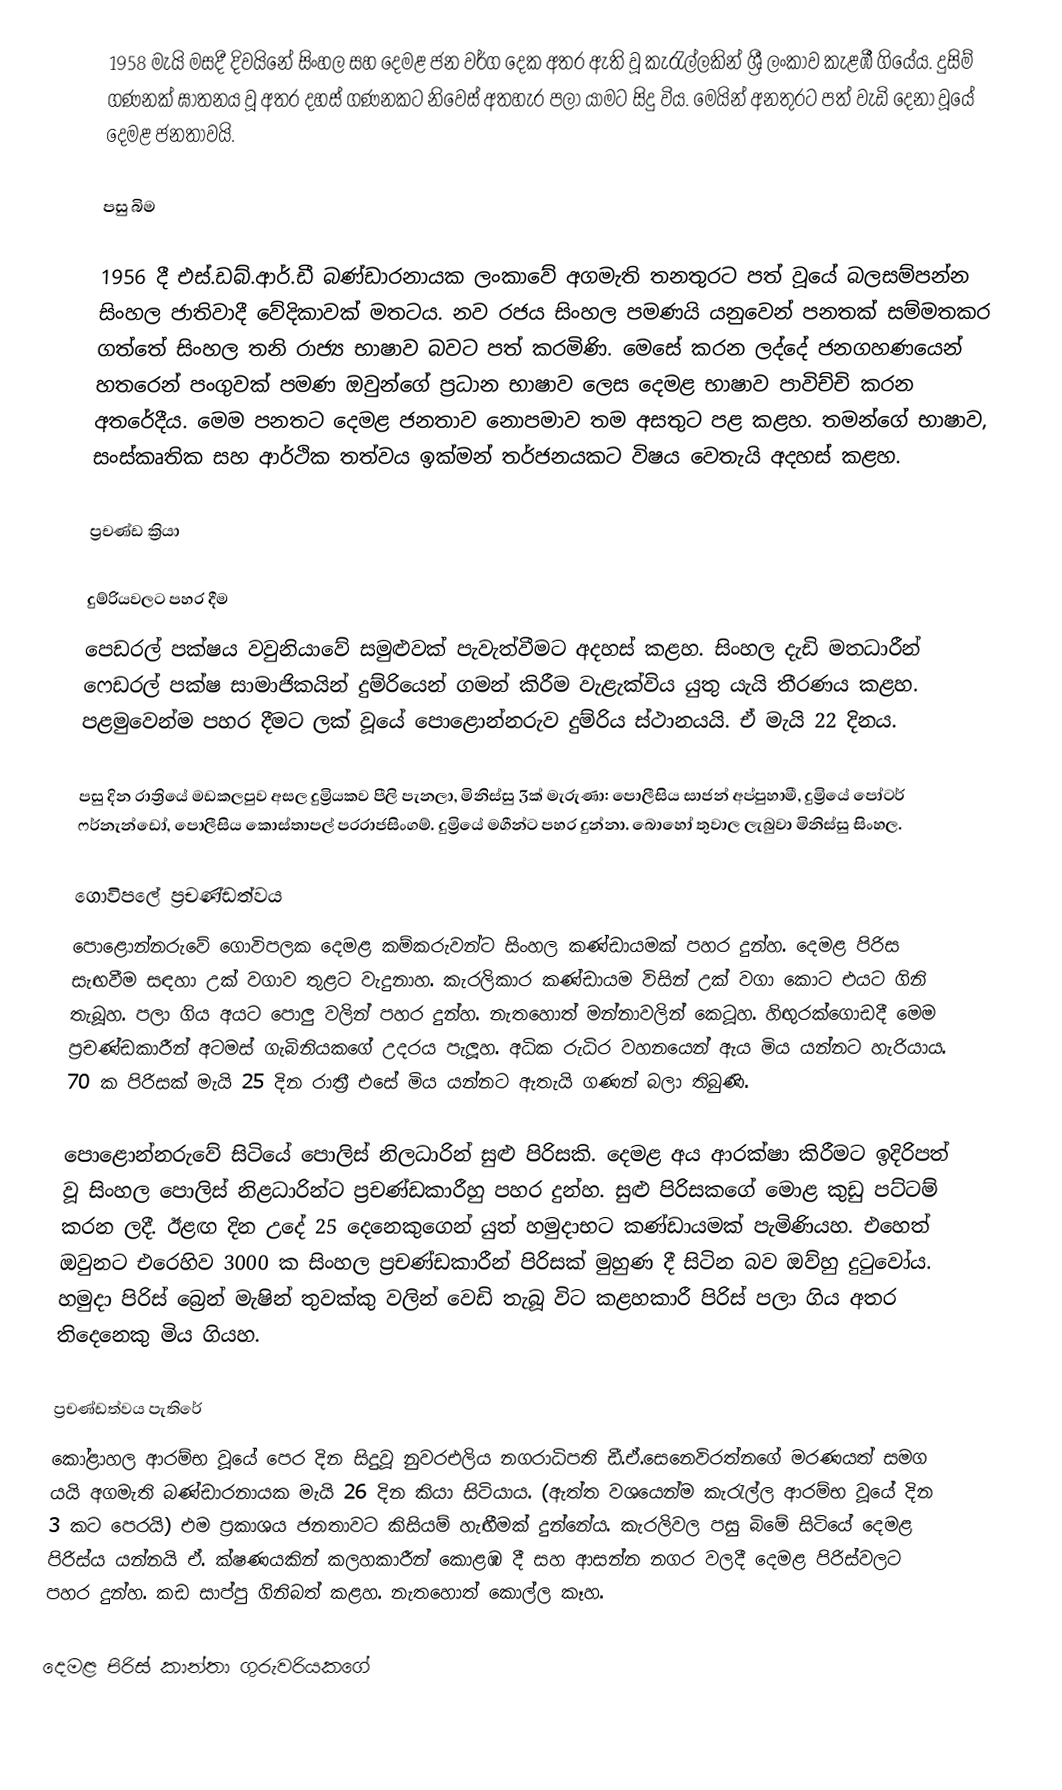
1958 මැයි මසදී දිවයිනේ සිංහල සහ දෙමළ ජන වර්ග දෙක අතර ඇති වූ කැරැල්ලකින් ශ්‍රී ලංකාව කැළඹී ගියේය. දුසිම් ගණනක් ඝාතනය වූ අතර දහස් ගණනකට නිවෙස් අතහැර පලා යාමට සිදු විය. මෙයින් අනතුරට පත් වැඩි දෙනා වූයේ දෙමළ ජනතාවයි.

පසු බිම

1956 දී එස්.ඩබ්.ආර්.ඩී බණ්ඩාරනායක ලංකාවේ අගමැති තනතුරට පත් වූයේ බලසම්පන්න සිංහල ජාතිවාදී වේදිකාවක් මතටය. නව රජය සිංහල පමණයි යනුවෙන් පනතක් සම්මතකර ගත්තේ සිංහල තනි රාජ්‍ය භාෂාව බවට පත් කරමිණි. මෙසේ කරන ලද්දේ ජනගහණයෙන් හතරෙන් පංගුවක් පමණ ඔවුන්ගේ ප්‍රධාන භාෂාව ලෙස දෙමළ භාෂාව පාවිච්චි කරන අතරේදීය. මෙම පනතට දෙමළ ජනතාව නොපමාව තම අසතුට පළ කළහ. තමන්ගේ භාෂාව, සංස්කෘතික සහ ආර්ථික තත්වය ඉක්මන් තර්ජනයකට විෂය වෙතැයි අදහස් කළහ.

ප්‍රචණ්ඩ ක්‍රියා

දුම්රියවලට පහර දීම
පෙඩරල් පක්ෂය වවුනියාවේ සමුළුවක් පැවැත්වීමට අදහස් කළහ. සිංහල දැඩි මතධාරීන් ෆෙඩරල් පක්ෂ සාමාජිකයින් දුම්රියෙන් ගමන් කිරීම වැළැක්විය යුතු යැයි තීරණය කළහ. පළමුවෙන්ම පහර දීමට ලක් වූයේ පොළොන්නරුව දුම්රිය ස්ථානයයි. ඒ මැයි 22 දිනය.

පසු දින රාත්‍රියේ මඩකලපුව අසල දුම්‍රියකව පීලි පැනලා, මිනිස්සු 3ක් මැරුණා: පොලීසිය සාජන් අප්පුහාමී, දුම්‍රියේ පෝටර් ෆර්නැන්ඩෝ, පොලීසිය කොස්තාපල් පරරාජසිංගම්. දුම්‍රියේ මගීන්ට පහර දුන්නා. බොහෝ  තුවාල ලැබුවා මිනිස්සු සිංහල.

ගොවිපලේ ප්‍රචණ්ඩත්වය
පොළොන්නරුවේ ගොවිපලක දෙමළ කම්කරුවන්ට සිංහල කණ්ඩායමක් පහර දුන්හ. දෙමළ පිරිස සැඟවීම සඳහා උක් වගාව තුළට වැදුනාහ. කැරලිකාර කණ්ඩායම විසින් උක් වගා කොට එයට ගිනි තැබූහ. පලා ගිය අයට පොලු වලින් පහර දුන්හ. නැතහොත් මන්නාවලින් කෙටූහ. හිඟුරක්ගොඩදී මෙම ප්‍රචණ්ඩකාරීන් අටමස් ගැබිනියකගේ උදරය පැලූහ. අධික රුධිර වහනයෙන් ඇය මිය යන්නට හැරියාය. 70 ක පිරිසක් මැයි 25 දින රාත්‍රී එසේ මිය යන්නට ඇතැයි ගණන් බලා තිබුණි.

පොළොන්නරුවේ සිටියේ පොලිස් නිලධාරින් සුළු පිරිසකි. දෙමළ අය ආරක්ෂා කිරීමට ඉදිරිපත් වූ සිංහල පොලිස් නිළධාරින්ට ප්‍රචණ්ඩකාරීහු පහර දුන්හ. සුළු පිරිසකගේ මොළ කුඩු පට්ටම් කරන ලදී. ඊළඟ දින උදේ 25 දෙනෙකුගෙන් යුත් හමුදාභට කණ්ඩායමක් පැමිණියහ. එහෙත් ඔවුනට එරෙහිව 3000 ක සිංහල ප්‍රචණ්ඩකාරීන් පිරිසක් මුහුණ දී සිටින බව ඔව්හු දුටුවෝය. හමුදා පිරිස් බ්‍රෙන් මැෂින් තුවක්කු වලින් වෙඩි තැබූ විට කළහකාරී පිරිස් පලා ගිය අතර තිදෙනෙකු මිය ගියහ.

ප්‍රචණ්ඩත්වය පැතිරේ
කෝළාහල ආරම්භ වූයේ පෙර දින සිදුවූ නුවරඑලිය නගරාධිපති ඩී.ඒ.සෙනෙවිරත්නගේ මරණයත් සමග යයි අගමැති බණ්ඩාරනායක මැයි 26 දින කියා සිටියාය. (ඇත්ත වශයෙන්ම කැරැල්ල ආරම්භ වූයේ දින 3 කට පෙරයි) එම ප්‍රකාශය ජනතාවට කිසියම් හැඟීමක් දුන්නේය. කැරලිවල පසු බිමේ සිටියේ දෙමළ පිරිස්ය යන්නයි ඒ. ක්ෂණයකින් කලහකාරීන් කොළඹ දී සහ ආසන්න නගර වලදී දෙමළ පිරිස්වලට පහර දුන්හ. කඩ සාප්පු ගිනිබත් කළහ. නැතහොත් කොල්ල කෑහ.

දෙමළ පිරිස් කාන්තා ගුරුවරියකගේ